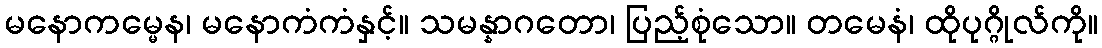
မနောကမ္မေန၊ မနောကံကံနှင့်။ သမန္နာဂတော၊ ပြည့်စုံသော။ တမေနံ၊ ထိုပုဂ္ဂိုလ်ကို။